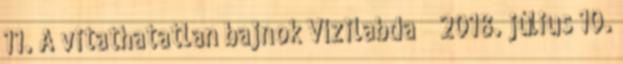
11. A vitathatatlan bajnok Vízilabda 2018. július 10.